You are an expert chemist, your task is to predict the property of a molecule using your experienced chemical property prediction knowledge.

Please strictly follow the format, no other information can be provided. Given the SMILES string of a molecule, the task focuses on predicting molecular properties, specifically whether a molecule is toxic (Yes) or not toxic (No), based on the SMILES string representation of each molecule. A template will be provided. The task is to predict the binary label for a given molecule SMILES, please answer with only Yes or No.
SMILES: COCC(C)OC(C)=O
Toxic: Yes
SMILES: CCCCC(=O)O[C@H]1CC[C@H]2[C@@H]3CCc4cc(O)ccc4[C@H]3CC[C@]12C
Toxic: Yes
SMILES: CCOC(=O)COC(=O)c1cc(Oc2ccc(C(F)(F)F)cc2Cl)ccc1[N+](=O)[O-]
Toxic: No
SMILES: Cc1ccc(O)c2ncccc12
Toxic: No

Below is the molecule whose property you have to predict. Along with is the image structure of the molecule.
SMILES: Oc1ccccc1C=NCc1ccccc1
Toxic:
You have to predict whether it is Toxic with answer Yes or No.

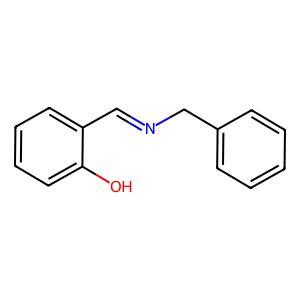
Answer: No